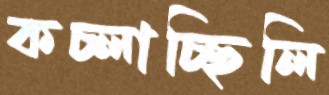
কচ্‌লাচ্ছিলি